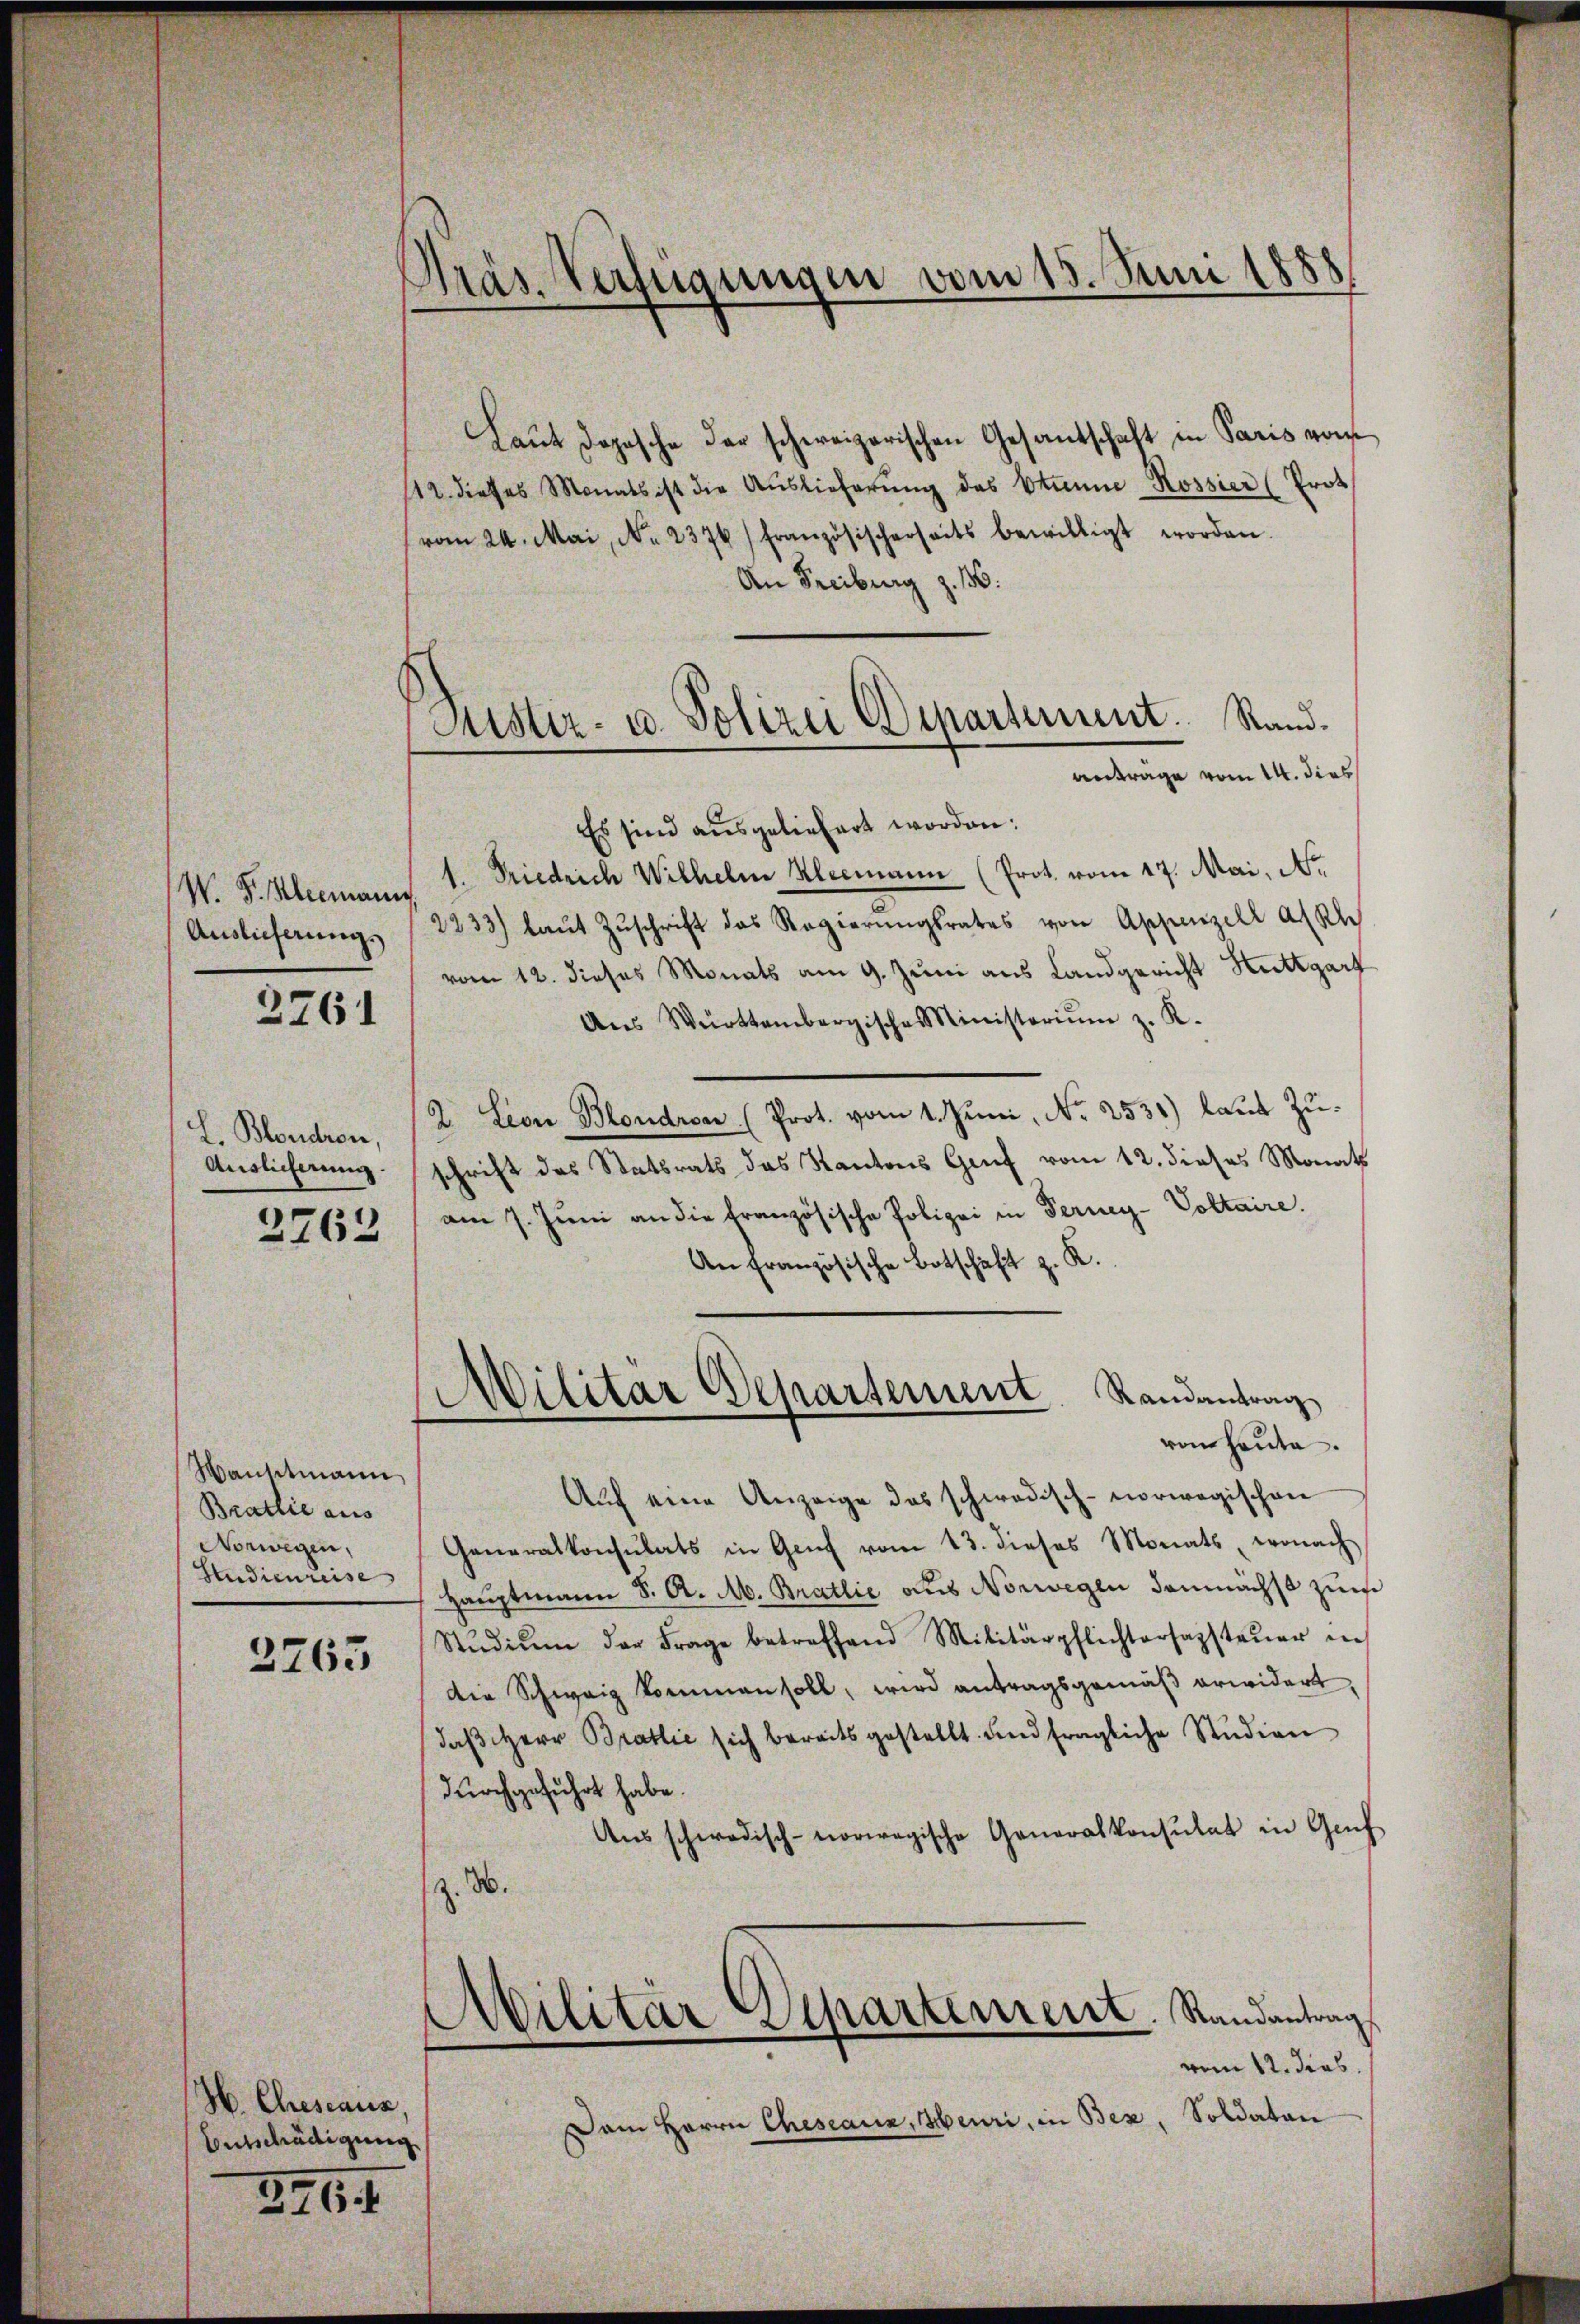
W. P. Kleemann
Auslieferungs

2761

L. Blondron,
Auslieferung.

2762

Wanttmann,
Brattie aus
Vorwegen,
Studienreise

3763

H. Cheseais,
Entschädigung

346. 1

Präs. Verfügungen vom 15. Juni 1888

Puster- u. Polizei Departement. Rand.
anträge vom 14. dies

Laŭt Depesche der schweizerischen Gesandschaft in Paris von
12. dieses Monats ist die Auslieferŭng des Stumme Rossier (Prot
(vom 24. Mai, No. 2376) Französischerseits bewilligt worden.
An Freiburg z. 136.
Es sind ausgeliefert worden:
1. Friedrich Wilhelm Kleemann (Prot. vom 17. Mai, No.
2233) laŭt Zŭschrift das Regierŭngsrates von Appenzell alph
vom 12. dieses Monats am 9. Juni aus Landgericht Stuttgart
Aŭs Württembergisches Ministeriŭm z. K.
2 Lion Blondra (Prot. vom 1. Juni, Nr. 2531) laut Zuschrift des Statsrats das Kantons Genf vom 12. dieses Monats
am 7. Juni an die französische Polizei in Ferney-Voltaire.
An Französische Botschaft z. K.
Militär Departement Randantrag
vom heute.
Aŭf eine Anzeige das schwedisch-norwegischen
Generalkonsulats in Genf vom 13. dieses Monats, wonach
Haŭptmann S. A. M. Bratlić aus Norwegen demnächst zum
Stŭdiŭm der Frage betreffend Militärpflichtersagsteŭer in
die Schweig kommen soll, wird antragsgemäß erwidert
daß Herr Bratlić sich bereits gestellt und fragliche Studien
durchgeführt habe.
Aŭsschwedisch-norwegische Generalkonsulat in Gef
z. 3.
Militär-Departement. Randantrag
vom 12. Jos.
Soldaten
Dem Herrn Cheseaux, Meuri, in Bez